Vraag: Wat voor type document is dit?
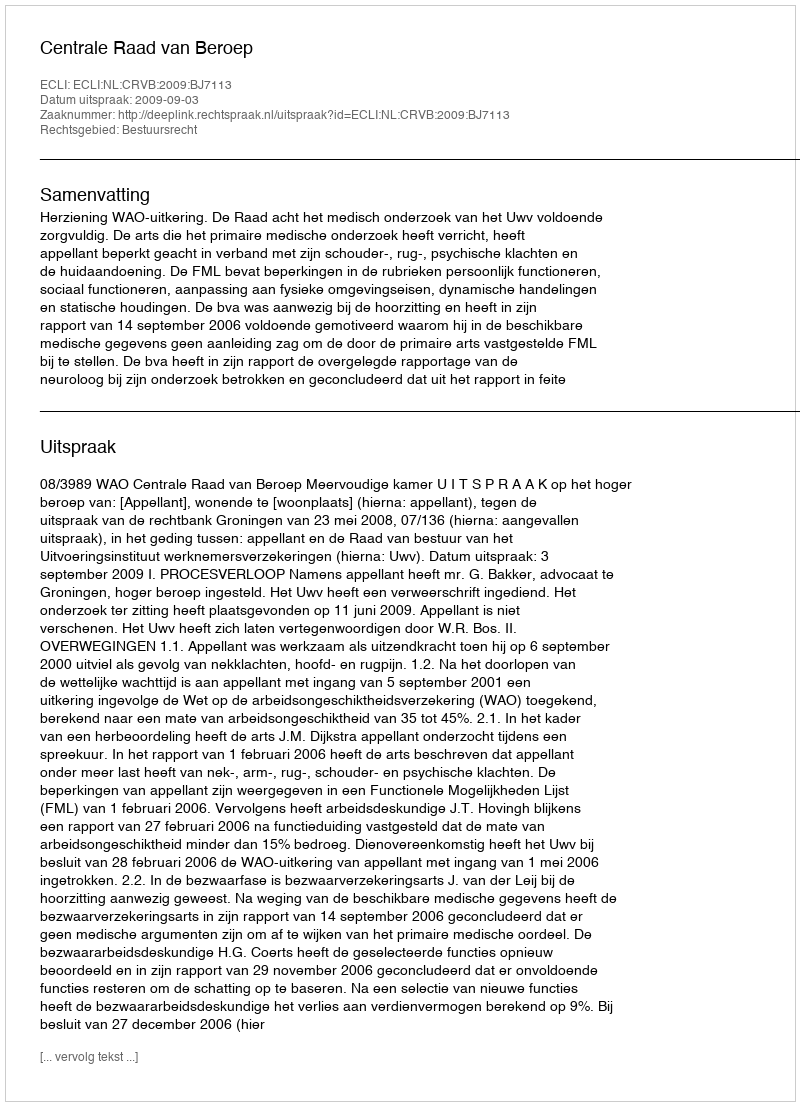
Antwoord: Uitspraak